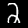
Digit: 2